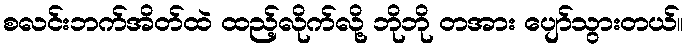
စလင်းဘက်အိတ်ထဲ ထည့်လိုက်လို့ ဘိုဘို တအား ပျော်သွားတယ်။